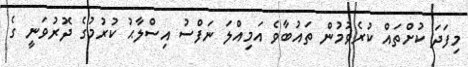
މިފަދަ ކުށްތައް ކުރެވުމުން ތައުބާވެ އަމިއްލަ ނަފްސު އިސްލާޙު ކުރުމުގެ ދޮރުވަނީ ގެ